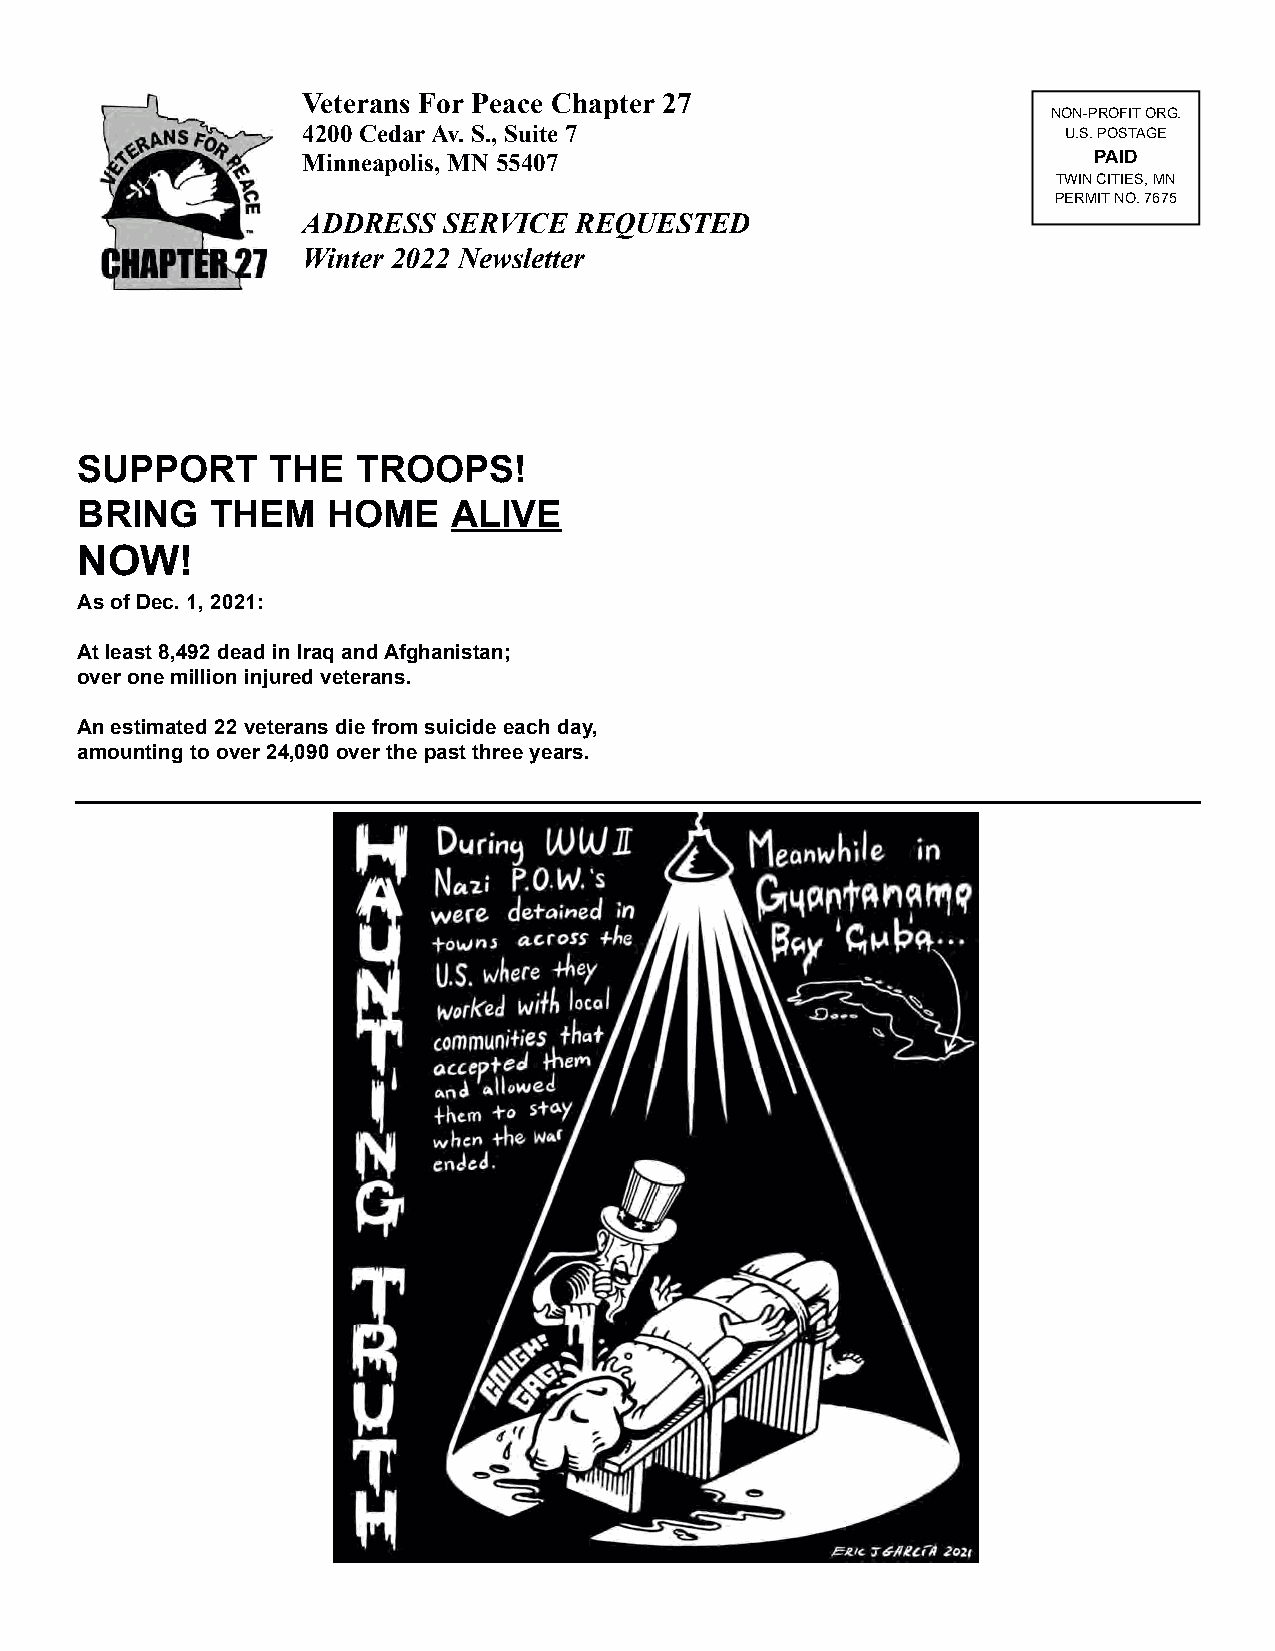
Veterans For Peace Chapter 27
 NON-PROFIT ORG.
 4200 Cedar Av. S., Suite 7                        U.S. POSTAGE
 Minneapolis, MN 55407                               PAID
 TWINCITIES, MN
 PERMIT NO. 7675
 ADDRESS  SERVICE  REQUESTED
 Winter 2022 Newsletter
 SUPPORT      THE   TROOPS!
 BRING    THEM    HOME    ALIVE
 NOW!
 As of Dec. 1, 2021:
 At least 8,492 dead in Iraq and Afghanistan;
 over one million injured veterans.
 An estimated 22 veterans die from suicide each day,
 amounting to over 24,090 over the past three years.